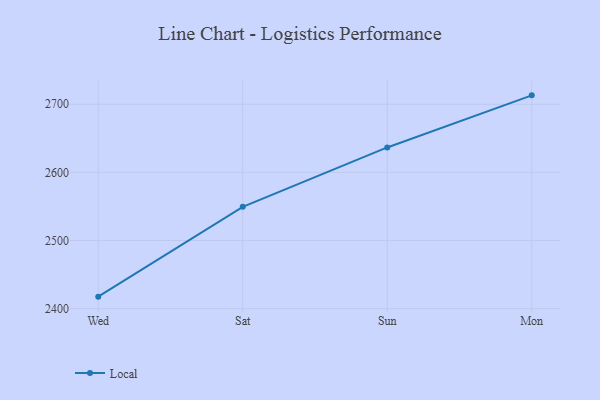
{"axis": {"x": "Day", "y": "Gross Profit (USD K)"}, "legend": ["Local"], "data": [{"x": "Wed", "y": 2417.5, "type": "Local"}, {"x": "Sat", "y": 2549.4, "type": "Local"}, {"x": "Sun", "y": 2636.6, "type": "Local"}, {"x": "Mon", "y": 2713.1, "type": "Local"}]}